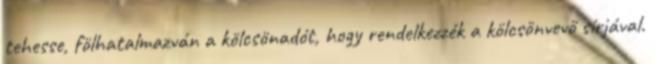
tehesse, fölhatalmazván a kölcsönadót, hogy rendelkezzék a kölcsönvevő sírjával.